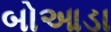
બોઆડા